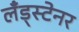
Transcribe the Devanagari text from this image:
लँड्स्टेनर